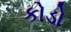
કોડો